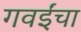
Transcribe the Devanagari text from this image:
गवईंचा